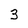
Character: 3